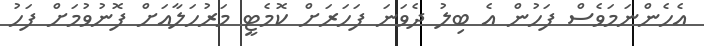
އެހެންނަމަވެސް ފަހުން އެ ބިލު ދެވަނަ ފަހަރަށް ކޮމެޓީ މަރުހަލާއަށް ފޮނުވުމަށް ފަހު